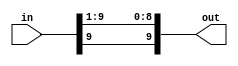
module div_by_2(in, out);

	input signed [9:0] in;
	output signed [9:0] out;
	
	assign out = in >>> 1;
	
endmodule